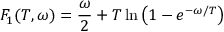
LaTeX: F _ { 1 } ( T , \omega ) = \frac { \omega } { 2 } + T \ln \left( 1 - e ^ { - \omega / T } \right)